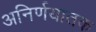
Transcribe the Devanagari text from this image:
अनिर्णयातक